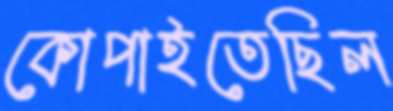
কোপাইতেছিল